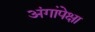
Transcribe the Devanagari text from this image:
अंगांपेक्षा